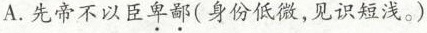
A.先帝不以臣卑鄙(身份低微，见识短浅。)